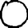
Digit: 0